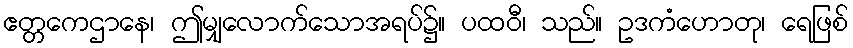
ဧတ္တကေဌာနေ၊ ဤမျှလောက်သောအရပ်၌။ ပထဝီ၊ သည်။ ဥဒကံဟောတု၊ ရေဖြစ်